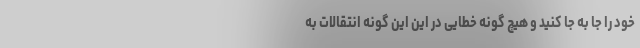
خود را جا به جا کنید و هیچ گونه خطایی در این این گونه انتقالات به